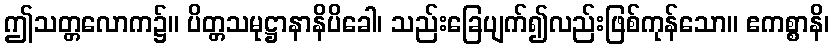
ဤသတ္တလောက၌။ ပိတ္တသမုဋ္ဌာနာနိပိခေါ၊ သည်းခြေပျက်၍လည်းဖြစ်ကုန်သော။ ဧကစ္စာနိ၊